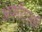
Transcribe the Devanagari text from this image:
अर्काटासी